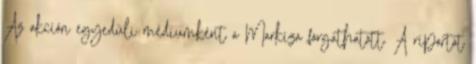
Az akción egyedüli médiumként a Markíza forgathatott. A riportot